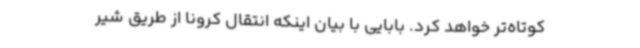
کوتاه‌تر خواهد کرد. بابایی با بیان اینکه انتقال کرونا از طریق شیر